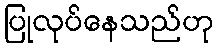
ပြုလုပ်နေသည်ဟု